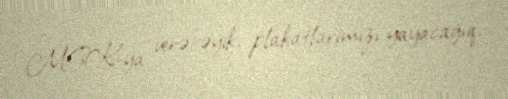
MSK-ya verəcəyik, plakatlarımızı yayacağıq.